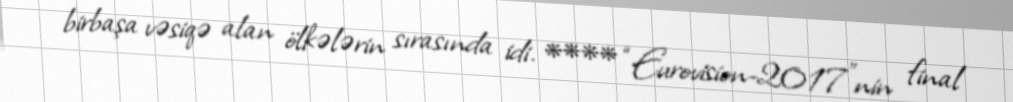
birbaşa vəsiqə alan ölkələrin sırasında idi. **** “Eurovision-2017”nin final